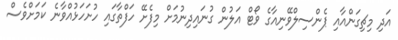
އަދި މިޗިގަންއާއި ޕެންސިލްވޭނިއާގެ ވޯޓް އަލުން ގުނައިދިނުމަށް މިފެށޭ ހަފްތާގައި ހުށަހަޅުއްވާނެ ކަމަށްވެސް